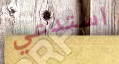
استدعي